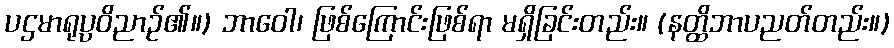
ပဌမာရုပ္ပဝိညာဉ်၏။) ဘာဝေါ၊ ဖြစ်ကြောင်းဖြစ်ရာ မရှိခြင်းတည်း။ (နတ္ထိဘာပညတ်တည်း။)